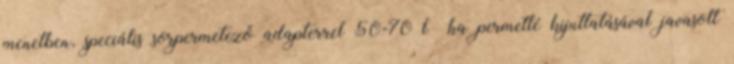
menetben, speciális sorpermetező adapterrel 50-70 l ha permetlé kijuttatásával javasolt